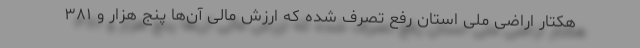
هکتار اراضی ملی استان رفع تصرف شده که ارزش مالی آن‌ها پنج هزار و ۳۸۱